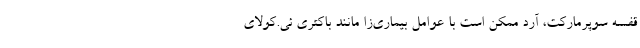
قفسه سوپرماركت، آرد ممكن است با عوامل بيماري‌زا مانند باكتري ئي.كولاي